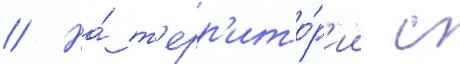
// На́ т'ерр'ито́р'ии с